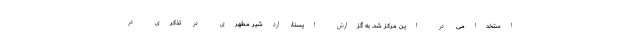
استخدامی در این مرکز شد. به گزارش ایسنا، اردشیر مطهری در تذکری در